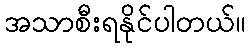
အသာစီးရနိုင်ပါတယ်။